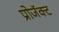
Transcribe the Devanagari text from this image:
प्रोजॅक्ट